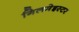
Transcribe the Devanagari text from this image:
गिलमेइस्टर